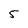
Character: 5